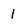
Character: l